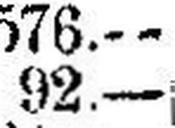
92.—